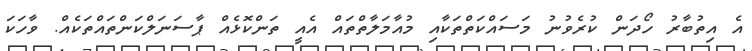
އެ އިތުބާރު ހޯދަން ކުރެވުނު މަސައްކަތްތަކާއި މުއާމަލާތްތައް އެއީ ތަންކޮޅެއް ޕާސަނަލްކަންތައްތަކެއް. ވާހަކަ